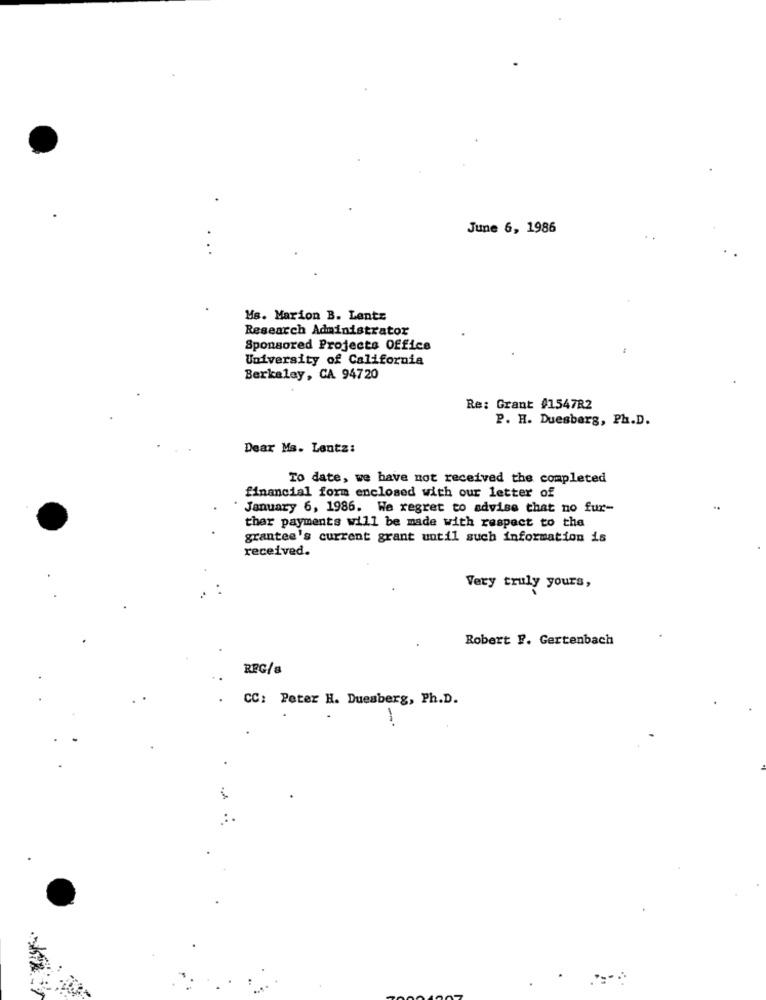
June 6, 1986
Ms. Marion B. Lente
Research Administrator
Sponsored Projects Office
University of California
Berkeley, CA 94720
Re: Grant #154782
P. H. Duesberg, Ph.D.
Dear Ms. Lentz:
To date, we have not received the completed
financial form enclosed with our letter of
January 6, 1986. We regret to advise that no fur-
ther payments will be made with respect to the
grantee's current grant until such information is
received.
Very truly yours,
Robert F. Gertenbach
REG/8
CC: Peter H. Duesberg, Ph.D.
-